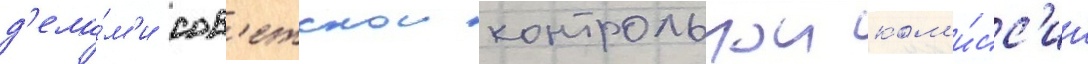
д'ела́м'и сов'етскои контрольнои ком'и́сс'ии